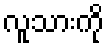
လူသားကို